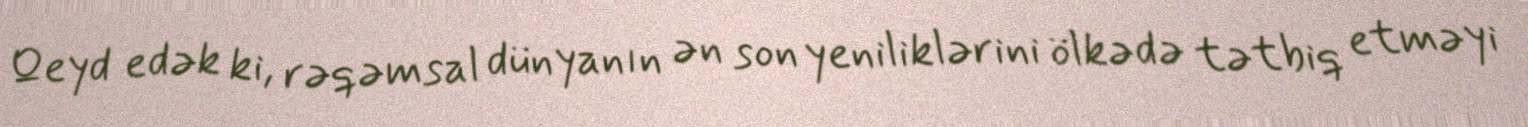
Qeyd edək ki, rəqəmsal dünyanın ən son yeniliklərini ölkədə tətbiq etməyi